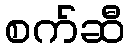
စက်ဆီ